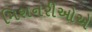
મિશનરીઓએ